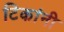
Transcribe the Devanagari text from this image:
टिकांनी